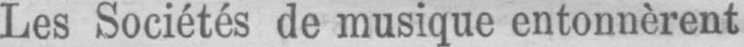
Les Sociétés de musique entonnèrent